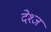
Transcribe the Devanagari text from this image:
देश्ज